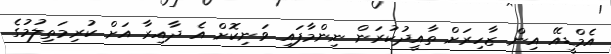
އެމްޑީއޭ އިން ޒާހިރަށް ތާއީދުކުރަން ނިންމާފައި ވަނިކޮށް އެ ދާއިރާ އަށް ކުރިމަތިލުމުގެ